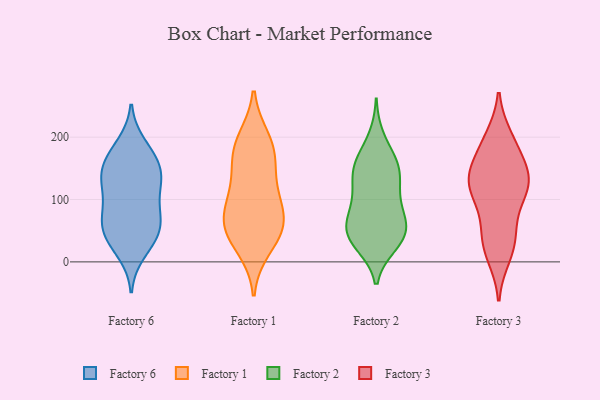
{"axis": {"x": "Gross Profit (USD K)", "y": "Value"}, "legend": ["Factory 1", "Factory 2", "Factory 3", "Factory 6"], "data": [{"x": "", "y": 43, "type": "Factory 6"}, {"x": "", "y": 160, "type": "Factory 6"}, {"x": "", "y": 32, "type": "Factory 6"}, {"x": "", "y": 75, "type": "Factory 6"}, {"x": "", "y": 54, "type": "Factory 6"}, {"x": "", "y": 137, "type": "Factory 6"}, {"x": "", "y": 45, "type": "Factory 6"}, {"x": "", "y": 15, "type": "Factory 6"}, {"x": "", "y": 143, "type": "Factory 6"}, {"x": "", "y": 131, "type": "Factory 6"}, {"x": "", "y": 63, "type": "Factory 6"}, {"x": "", "y": 178, "type": "Factory 6"}, {"x": "", "y": 161, "type": "Factory 6"}, {"x": "", "y": 90, "type": "Factory 6"}, {"x": "", "y": 188, "type": "Factory 6"}, {"x": "", "y": 80, "type": "Factory 6"}, {"x": "", "y": 119, "type": "Factory 6"}, {"x": "", "y": 127, "type": "Factory 6"}, {"x": "", "y": 119, "type": "Factory 1"}, {"x": "", "y": 61, "type": "Factory 1"}, {"x": "", "y": 23, "type": "Factory 1"}, {"x": "", "y": 50, "type": "Factory 1"}, {"x": "", "y": 100, "type": "Factory 1"}, {"x": "", "y": 55, "type": "Factory 1"}, {"x": "", "y": 196, "type": "Factory 1"}, {"x": "", "y": 55, "type": "Factory 1"}, {"x": "", "y": 187, "type": "Factory 1"}, {"x": "", "y": 170, "type": "Factory 1"}, {"x": "", "y": 92, "type": "Factory 1"}, {"x": "", "y": 160, "type": "Factory 1"}, {"x": "", "y": 113, "type": "Factory 2"}, {"x": "", "y": 72, "type": "Factory 2"}, {"x": "", "y": 163, "type": "Factory 2"}, {"x": "", "y": 159, "type": "Factory 2"}, {"x": "", "y": 112, "type": "Factory 2"}, {"x": "", "y": 49, "type": "Factory 2"}, {"x": "", "y": 50, "type": "Factory 2"}, {"x": "", "y": 199, "type": "Factory 2"}, {"x": "", "y": 152, "type": "Factory 2"}, {"x": "", "y": 61, "type": "Factory 2"}, {"x": "", "y": 150, "type": "Factory 2"}, {"x": "", "y": 36, "type": "Factory 2"}, {"x": "", "y": 29, "type": "Factory 2"}, {"x": "", "y": 40, "type": "Factory 2"}, {"x": "", "y": 146, "type": "Factory 2"}, {"x": "", "y": 28, "type": "Factory 2"}, {"x": "", "y": 82, "type": "Factory 2"}, {"x": "", "y": 116, "type": "Factory 2"}, {"x": "", "y": 67, "type": "Factory 2"}, {"x": "", "y": 19, "type": "Factory 3"}, {"x": "", "y": 121, "type": "Factory 3"}, {"x": "", "y": 101, "type": "Factory 3"}, {"x": "", "y": 194, "type": "Factory 3"}, {"x": "", "y": 33, "type": "Factory 3"}, {"x": "", "y": 115, "type": "Factory 3"}, {"x": "", "y": 47, "type": "Factory 3"}, {"x": "", "y": 133, "type": "Factory 3"}, {"x": "", "y": 142, "type": "Factory 3"}, {"x": "", "y": 186, "type": "Factory 3"}, {"x": "", "y": 57, "type": "Factory 3"}, {"x": "", "y": 123, "type": "Factory 3"}, {"x": "", "y": 149, "type": "Factory 3"}, {"x": "", "y": 10, "type": "Factory 3"}, {"x": "", "y": 115, "type": "Factory 3"}, {"x": "", "y": 199, "type": "Factory 3"}, {"x": "", "y": 153, "type": "Factory 3"}]}